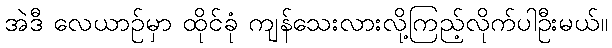
အဲဒီ လေယာဉ်မှာ ထိုင်ခုံ ကျန်သေးလားလို့ကြည့်လိုက်ပါဦးမယ်။